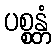
ပစ္စန္တံ